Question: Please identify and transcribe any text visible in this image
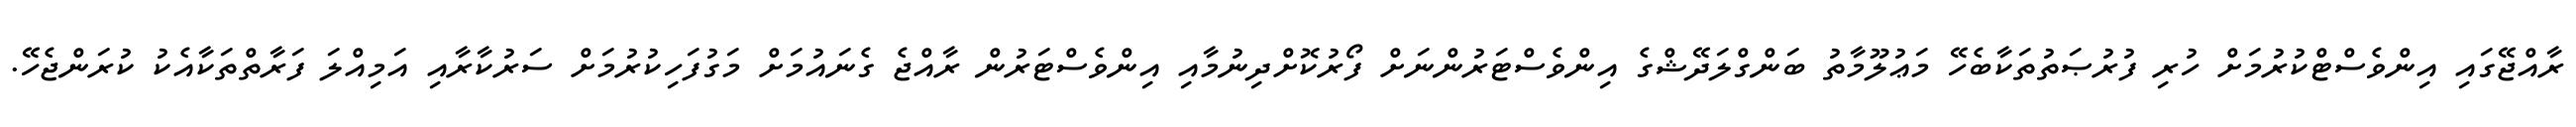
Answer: ރާއްޖޭގައި އިންވެސްޓްކުރުމަށް ހުރި ފުރުޞަތުތަކާބެހޭ މަޢުލޫމާތު ބަންގްލަދޭޝްގެ އިންވެސްޓަރުންނަށް ފޯރުކޮށްދިނުމާއި އިންވެސްޓަރުން ރާއްޖެ ގެނައުމަށް މަގުފަހިކުރުމަށް ސަރުކާރާއި އަމިއްލަ ފަރާތްތަކާއެކު ކުރަންޖެހޭ.